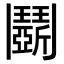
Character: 𩰚